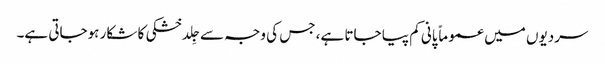
سردیوں میں عموماً پانی کم پیا جاتا ہے، جس کی وجہ سے جِلد خشکی کا شکار ہوجاتی ہے۔